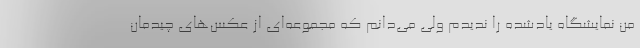
من نمایشگاه یادشده را ندیدم ولی می‌دانم که مجموعه‌ای از عکس‌های چیدمان